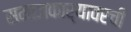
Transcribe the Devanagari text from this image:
समाजकार्यावरची